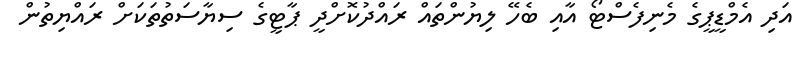
އަދި އެމްޑީޕީގެ މެނިފެސްޓޯ އާއި ބެހޭ ލިޔުންތައް ރައްދުކޮށްދީ ޕާޓީގެ ސިޔާސަތުތަކަށް ރައްޔިތުން